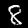
Label: 8